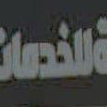
الخدمات